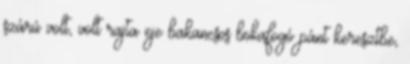
szárú volt, volt rajta eje bakancsos bokafogó pánt keresztbe,